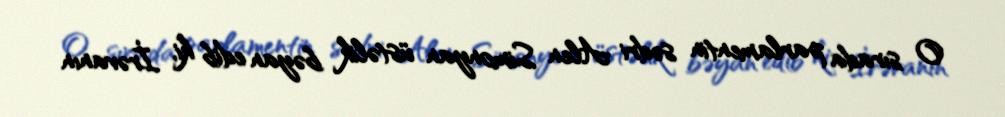
O sırada parlamentin sədri Alen Simonyan üstəlik bəyan edib ki, İrəvanın